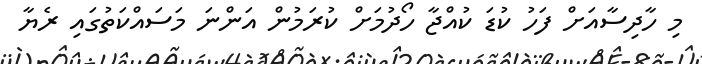
މި ހާދިސާއަށް ފަހު ކުޑަ ކުއްޖާ ހޯދުމަށް ކުރަމުން އަންނަ މަސައްކަތުގައި ރެޔާ